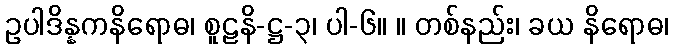
ဥပါဒိန္နကနိရောဓ၊ စူဠနိ-ဋ္ဌ-၃၊ ပါ-၆။ ။ တစ်နည်း၊ ခယ နိရောဓ၊